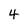
Character: 4